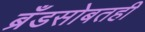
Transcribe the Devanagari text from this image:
ब्रँडसोबतही